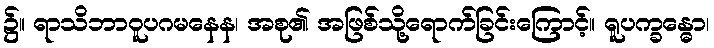
၌။ ရာသိဘာဝူပဂမနေန၊ အစု၏ အဖြစ်သို့ရောက်ခြင်းကြောင့်။ ရူပက္ခန္ဓော၊